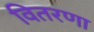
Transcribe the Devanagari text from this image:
वितरणा